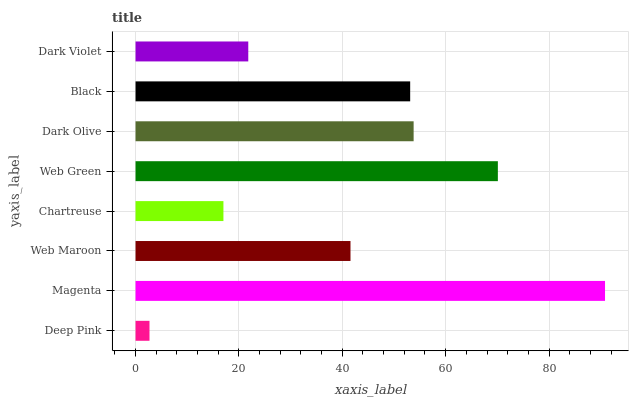
| yaxis_label | bars |
 | --- | --- |
 | Deep Pink | 2.7 |
 | Magenta | 90.8 |
 | Web Maroon | 41.6 |
 | Chartreuse | 17 |
 | Web Green | 70.1 |
 | Dark Olive | 53.8 |
 | Black | 53.1 |
 | Dark Violet | 21.8 |